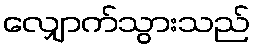
လျှောက်သွားသည်